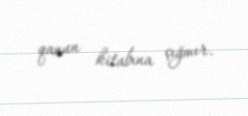
qanun kitabına çığmır.